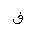
Letter: _fa